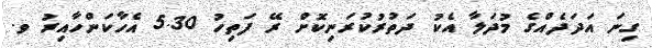
ގިނަ އަދަދެއްގެ މުދަލާ އެކު ދަތުރުކުރަނިކޮށް ރޭ ފަތިހު 5.30 އެހާކަންހާއިރު ވ.